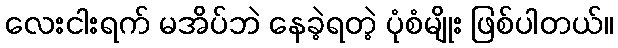
လေးငါးရက် မအိပ်ဘဲ နေခဲ့ရတဲ့ ပုံစံမျိုး ဖြစ်ပါတယ်။